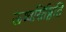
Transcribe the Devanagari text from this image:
ऊध्वर्स्तिष्ठति